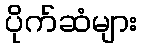
ပိုက်ဆံများ